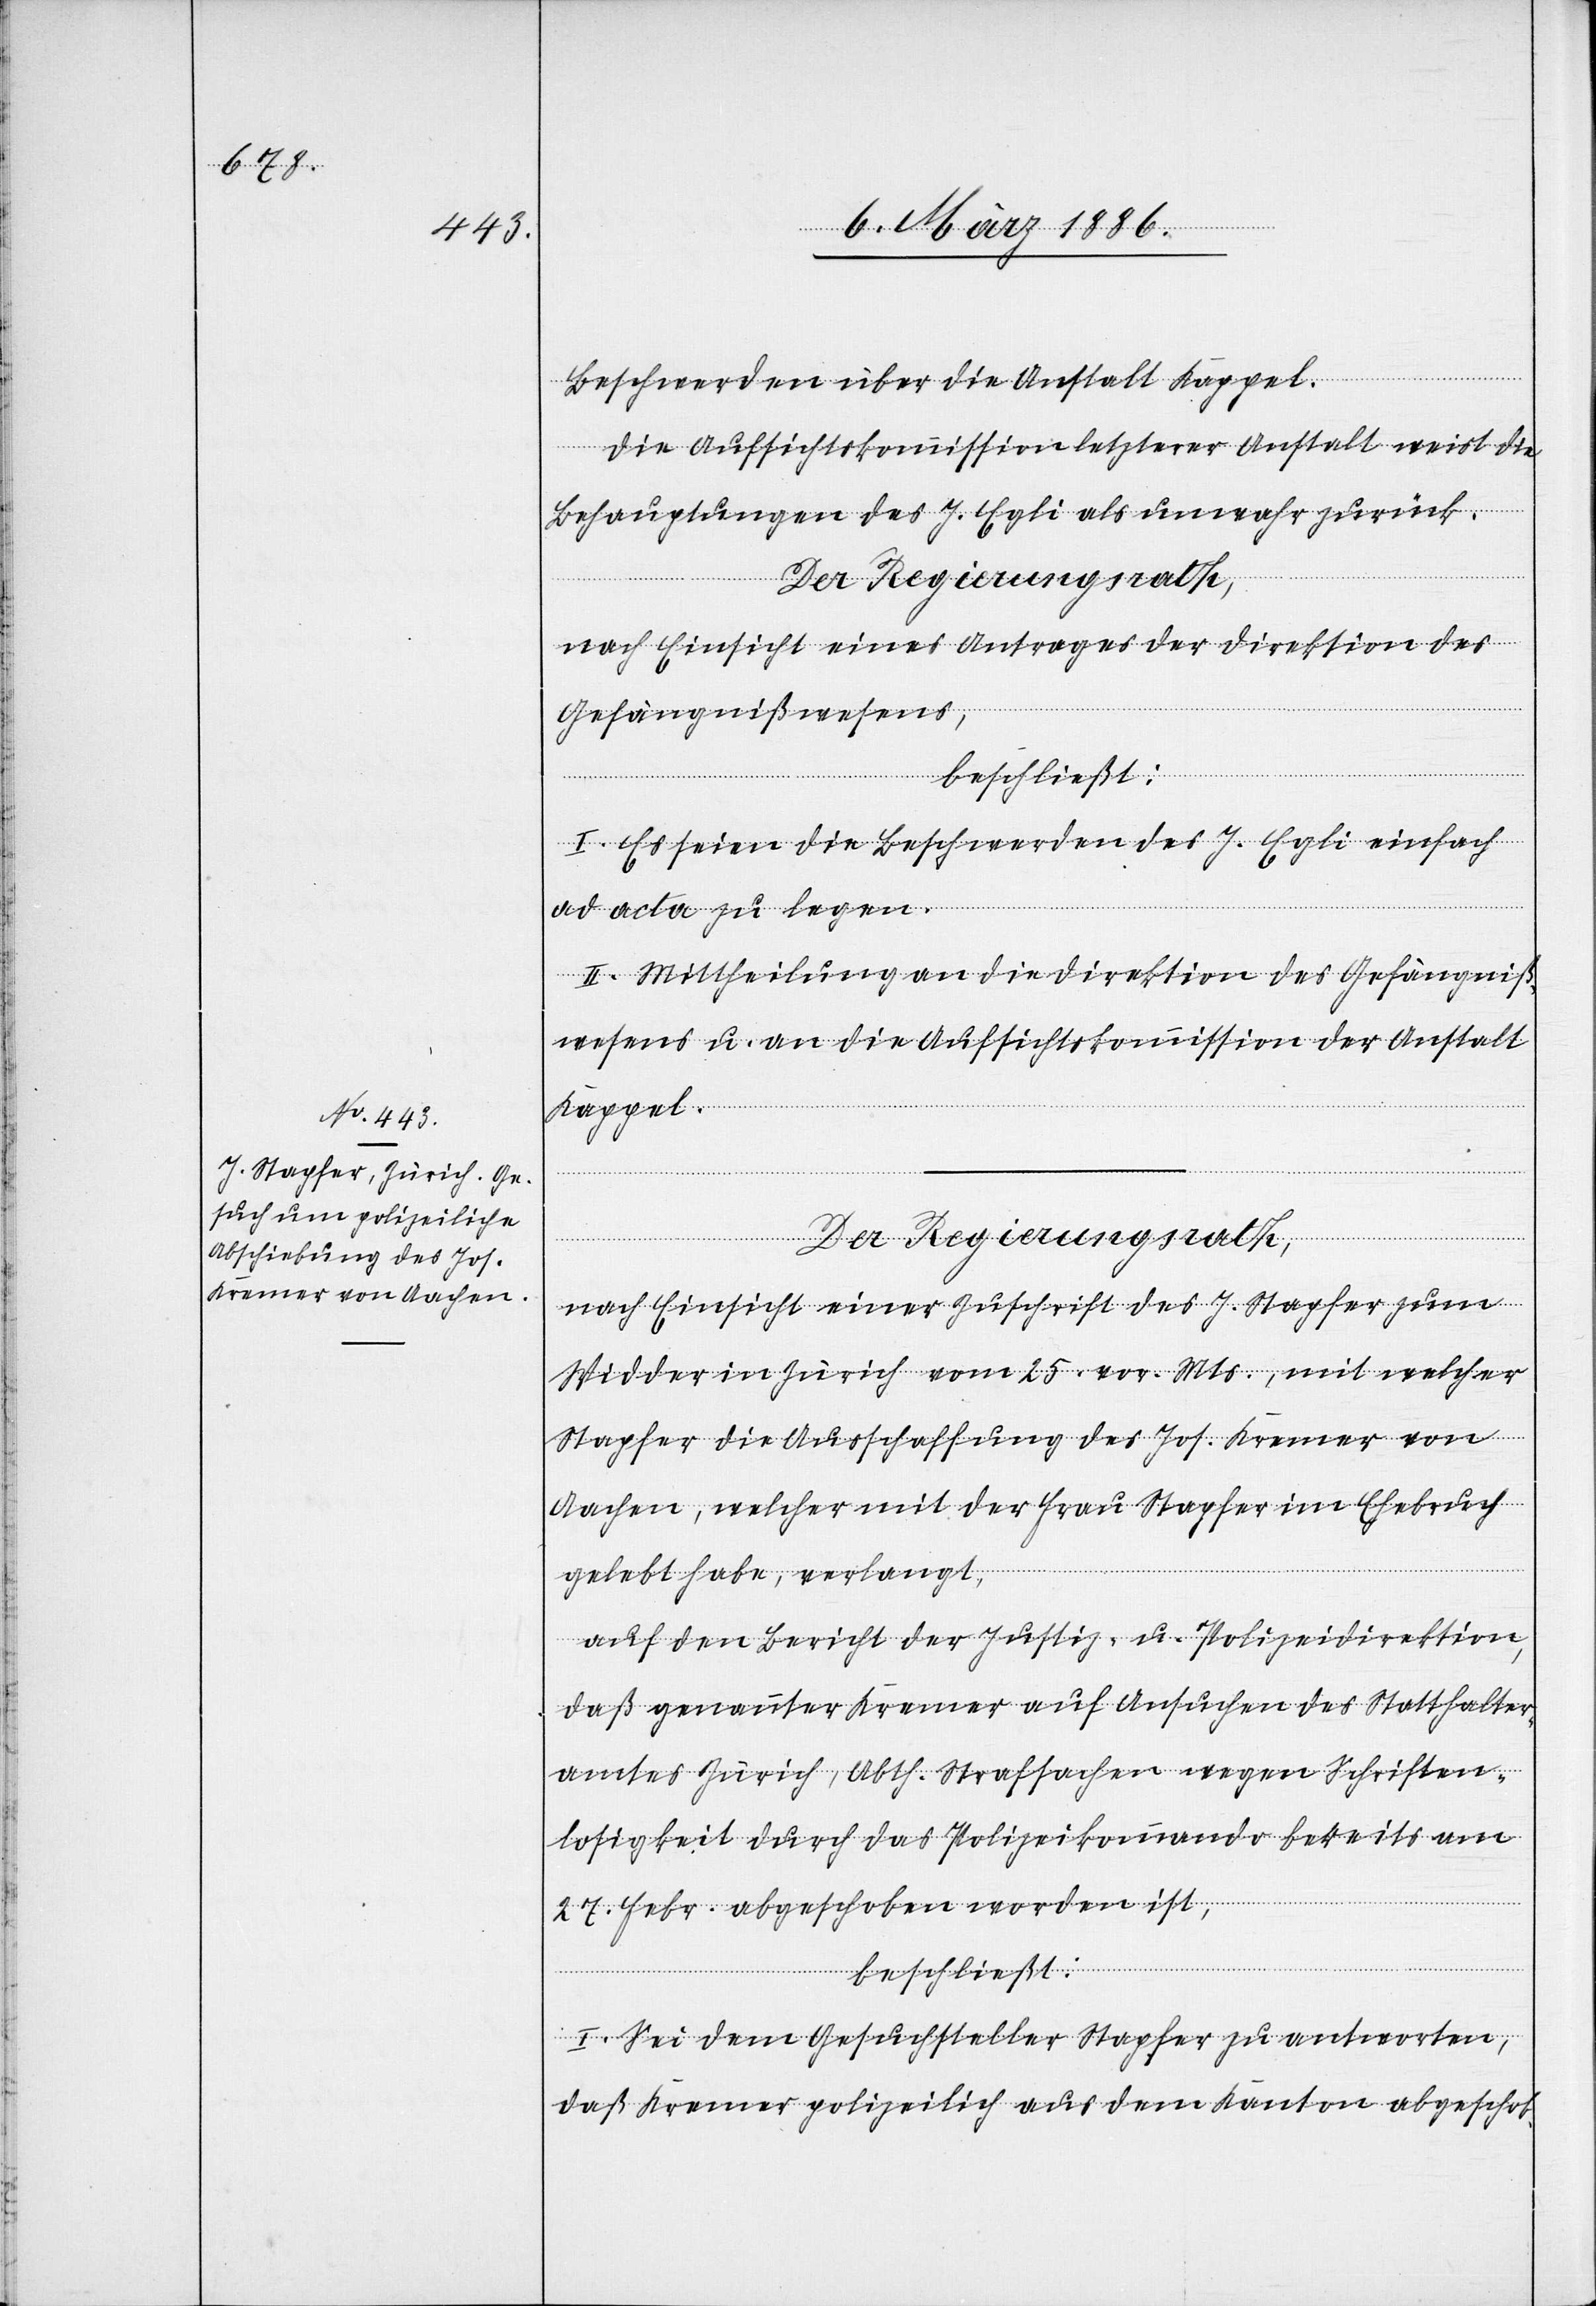
Beschwerde über die Anstalt Kappel.
Die Aufsichtskommission letzterer Anstalt weist die
Behauptung des J. Egli als unwahr zurück.
Der Regierungsrath,
nach Einsicht eines Antrages der Direktion des
Gefängnißwesens,
beschließt;
I. Es seien die Beschwerden des J. Egli einfach
ad acta zu legen.
II. Mittheilung an die Direktion des Gefängniß¬
wesens u. an die Aufsichtskommission der Anstalt
Kappel.
nach Einsicht einer Zuschrift des J. Stapfer zum
Widder in Zürich vom 25. vor. Mts., mit welcher
Stapfer die Ausschaffung des Joh. Kremer von
Aachen, welcher mit der Frau Stapfer im Ehebruch
gelebt habe, verlangt,
auf den Bericht der Justiz- u. Polizeidirektion,
daß genannter Kremer auf Ansuchen des Statthalter¬
amtes Zürich, Abth. Strafsachen wegen Schriften¬
losigkeit durch das Polizeikommando bereits am
27. Febr. abgeschoben worden ist,
beschließt:
I. Sei dem Gesuchsteller Stapfer zu antworten,
daß Kremer polizeilich aus dem Kanton abgeschob-